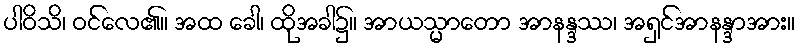
ပါဝိသိ၊ ဝင်လေ၏။ အထ ခေါ၊ ထိုအခါ၌။ အာယသ္မာတော အာနန္ဒဿ၊ အရှင်အာနန္ဒာအား။